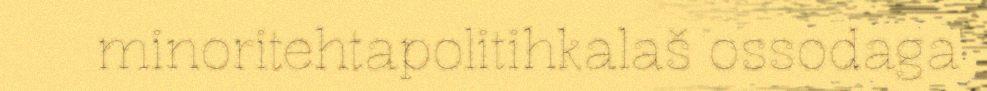
minoritehtapolitihkalaš ossodaga